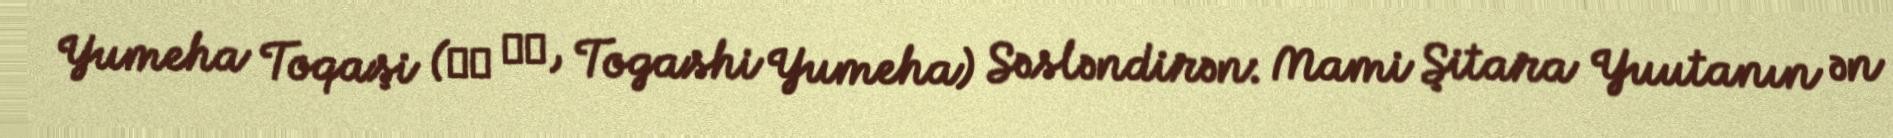
Yumeha Toqaşi (富樫 夢葉, Togashi Yumeha) Səsləndirən: Mami Şitara Yuutanın ən